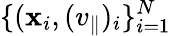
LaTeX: \{ (\mathbf{x}_{i},(v_{\parallel})_{i}\} _{i=1}^{N}